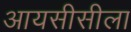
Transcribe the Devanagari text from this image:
आयसीसीला